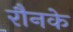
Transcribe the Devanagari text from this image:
रौनके